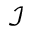
\mathcal { I }